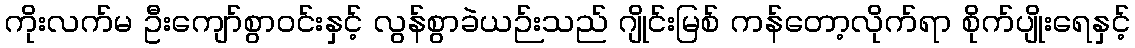
ကိုးလက်မ ဦးကျော်စွာဝင်းနှင့် လွန်စွာခဲယဉ်းသည် ဂျိုင်းမြစ် ကန်တော့လိုက်ရာ စိုက်ပျိုးရေနှင့်